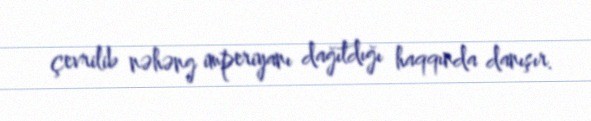
çevrilib nəhəng imperiyanı dağıtdığı haqqında danışır.